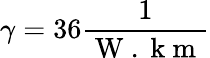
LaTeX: \gamma=36\frac{1}{\mathrm{~W~.~k~m~}}